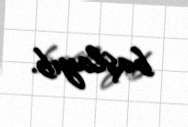
başlayıb.